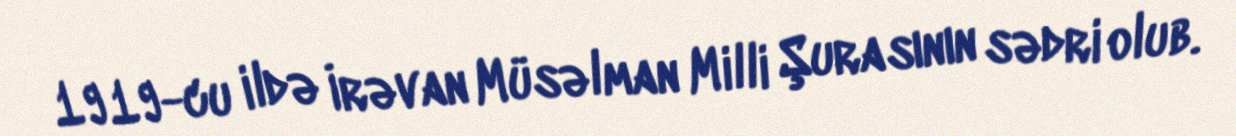
1919-cu ildə İrəvan Müsəlman Milli Şurasının sədri olub.